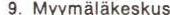
9. Myymäläkeskus